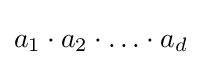
a_{1}\cdot a_{2}\cdot \dotso \cdot a_{d}